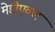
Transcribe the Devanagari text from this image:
मेडीएवल